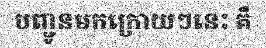
បញ្ជូនមកក្រោយៗនេះ គឺ